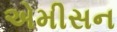
એમીસન